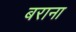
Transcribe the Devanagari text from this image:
बराना